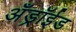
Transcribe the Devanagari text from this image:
अँड्रॉईड